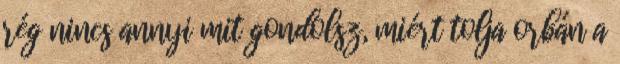
rég nincs annyi mit gondolsz, miért tolja orbán a